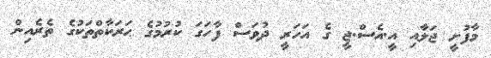
މާފުށީ ޖަލާއި އީ.އެސް.ޖީ ގެ އަހަރީ ދުވަސް ފާހަގަ ކުރުމުގެ ޙަރަކާތްތަކުގެ ތެރެއިން